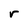
Character: r